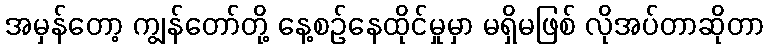
အမှန်တော့ ကျွန်တော်တို့ နေ့စဉ်နေထိုင်မှုမှာ မရှိမဖြစ် လိုအပ်တာဆိုတာ